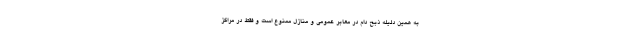
به همین دلیله ذبح دام در معابر عمومی و منازل ممنوع است و فقط در مراکز